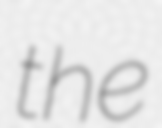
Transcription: the